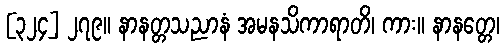
[၃၂၄] ၂၇၉။ နာနတ္တသညာနံ အမနသိကာရာတိ၊ ကား။ နာနတ္တေ၊